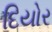
દિયોર